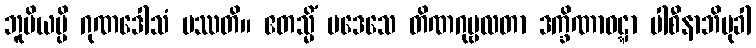
ဘူမိယမ္ပိ ဂုဏဒေါသံ ပဿတိ။ ဧတသ္မိံ ပဒေသေ တိဏဂုမ္ဗလတာ ဒက္ခိဏာဝဋ္ဋာ ပါစီနာဘိမုခါ